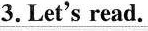
3.Let's read.